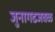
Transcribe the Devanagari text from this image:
जुनागढजवळ